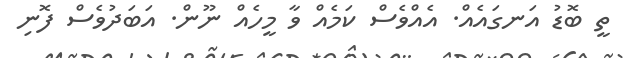
ތީ ބޮޑު އަނގައެއް. އެއްވެސް ކަމެއް ވާ މީހެއް ނޫން. އަބަދުވެސް ފޮނި